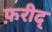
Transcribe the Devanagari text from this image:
फ़रीद्